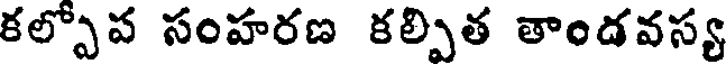
కల్పోప సంహరణ కల్పిత తాండవస్య